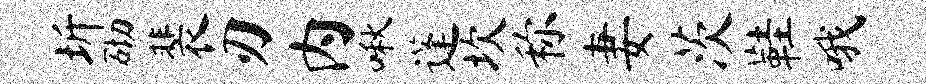
圻砌裴刃内啾蓬坎称妻茨鞋哦